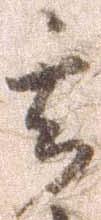
其